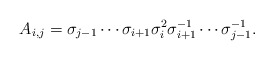
\begin{align*}A_{i,j}=\sigma_{j-1}\cdots \sigma_{i+1}\sigma_{i}^{2} \sigma_{i+1}^{-1}\cdots \sigma_{j-1}^{-1}.\end{align*}